Report of the Indian Hemp Drugs Commission, 1894-1895 - Volume I
Year: 1894
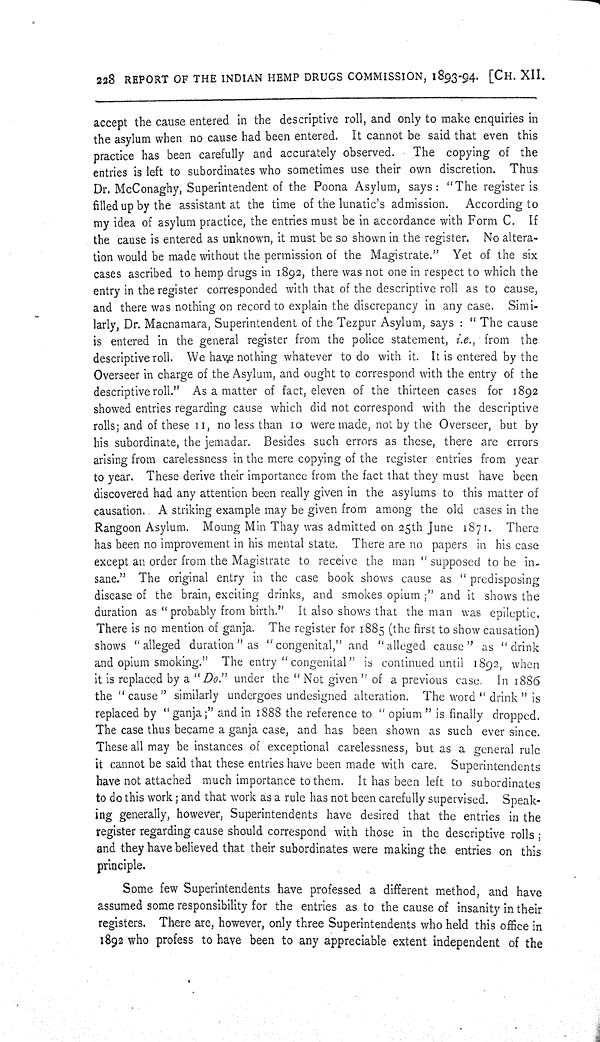
228 REPORT OF THE INDIAN HEMP DRUGS COMMISSION, 1893-94. [CH. XII.
accept the cause entered in the descriptive roll, and only to make enquiries in
the asylum when no cause had been entered. It cannot be said that even this
practice has been carefully and accurately observed. The copying of the
entries is left to subordinates who sometimes use their own discretion. Thus
Dr. McConaghy, Superintendent of the Poona Asylum, says: "The register is
filled up by the assistant at the time of the lunatic's admission. According to
my idea of asylum practice, the entries must be in accordance with Form C. If
the cause is entered as unknown, it must be so shown in the register. No altera-
tion would be made without the permission of the Magistrate." Yet of the six
cases ascribed to hemp drugs in 1892, there was not one in respect to which the
entry in the register corresponded with that of the descriptive roll as to cause,
and there was nothing on record to explain the discrepancy in any case. Simi-
larly, Dr. Macnamara, Superintendent of the Tezpur Asylum, says: "The cause
is entered in the general register from the police statement, i.e., from the
descriptive roll. We have nothing whatever to do with it. It is entered by the
Overseer in charge of the Asylum, and ought to correspond with the entry of the
descriptive roll." As a matter of fact, eleven of the thirteen cases for 1892
showed entries regarding cause which did not correspond with the descriptive
rolls; and of these 11, no less than 10 were made, not by the Overseer, but by
his subordinate, the jemadar. Besides such errors as these, there are errors
arising from carelessness in the mere copying of the register entries from year
to year. These derive their importance from the fact that they must have been
discovered had any attention been really given in the asylums to this matter of
causation. A striking example may be given from among the old cases in the
Rangoon Asylum. Moung Min Thay was admitted on 25th June 1871. There
has been no improvement in his mental state. There are no papers in his case
except an order from the Magistrate to receive the man "supposed to be in-
sane." The original entry in the case book shows cause as "predisposing
disease of the brain, exciting drinks, and smokes opium;" and it shows the
duration as "probably from birth." It also shows that the man was epileptic.
There is no mention of ganja. The register for 1885 (the first to show causation)
shows "alleged duration" as "congenital," and "alleged cause" as "drink
and opium smoking." The entry "congenital" is continued until 1892, when
it is replaced by a "Do." under the "Not given" of a previous case. In 1886
the "cause" similarly undergoes undesigned alteration. The word "drink" is
replaced by "ganja;" and in 1888 the reference to "opium" is finally dropped.
The case thus became a ganja case, and has been shown as such ever since.
These all may be instances of exceptional carelessness, but as a general rule
it cannot be said that these entries have been made with care. Superintendents
have not attached much importance to them. It has been left to subordinates
to do this work; and that work as a rule has not been carefully supervised. Speak-
ing generally, however, Superintendents have desired that the entries in the
register regarding cause should correspond with those in the descriptive rolls;
and they have believed that their subordinates were making the entries on this
principle.
Some few Superintendents have professed a different method, and have
assumed some responsibility for the entries as to the cause of insanity in their
registers. There are, however, only three Superintendents who held this office in
1892 who profess to have been to any appreciable extent independent of the